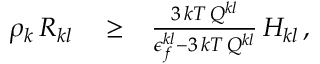
\begin{array} { r l r } { \rho _ { k } \, R _ { k l } } & { { } \ge } & { \frac { 3 \, k T \, Q ^ { k l } } { \epsilon _ { f } ^ { k l } - 3 \, k T \, Q ^ { k l } } \, H _ { k l } \, , } \end{array}